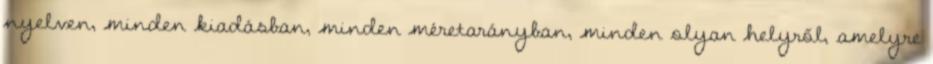
nyelven, minden kiadásban, minden méretarányban, minden olyan helyről, amelyre